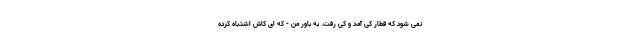
نمی شود که قطار کی آمد و کی رفت. به باور من - که ای کاش اشتباه کرده